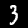
Digit: 3